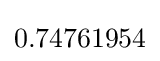
0.74761954